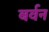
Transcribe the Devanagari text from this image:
बर्वन